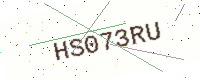
Text: HS073RU